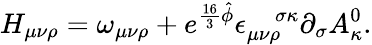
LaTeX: H_{\mu\nu\rho}=\omega_{\mu\nu\rho}+e^{\frac{16}{3}\hat{\phi}}\epsilon_{\mu\nu\rho}^{\quad\sigma\kappa}\partial_{\sigma}A_{\kappa}^{0}.